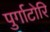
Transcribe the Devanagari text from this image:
पुर्गाटोरि